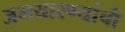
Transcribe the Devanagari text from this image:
अभयारण्यांची